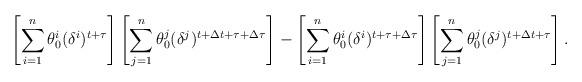
LaTeX: \begin{align*}\left[\sum_{i=1}^n \theta_0^i(\delta^i)^{t+\tau}\right]\left[\sum_{j=1}^n \theta_0^j(\delta^j)^{t+\Delta{t}+\tau+\Delta{\tau}}\right]-\left[\sum_{i=1}^n \theta_0^i(\delta^i)^{t+\tau+\Delta{\tau}}\right]\left[\sum_{j=1}^n \theta_0^j(\delta^j)^{t+\Delta{t}+\tau}\right].\end{align*}